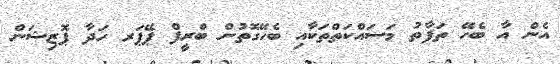
އެން އާ ބެހޭ ތަފާތު މަސައްކަތްތަކާއި ބެހޭގޮތުން ބްރީފް ޕޭޕަރ ހަދާ ޕޮޒިޝަން